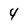
Character: 4